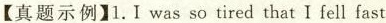
【真题示例】1.I was so tired that I fell fast